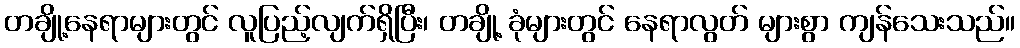
တချို့နေရာများတွင် လူပြည့်လျက်ရှိပြီး၊ တချို့ ခုံများတွင် နေရာလွတ် များစွာ ကျန်သေးသည်။